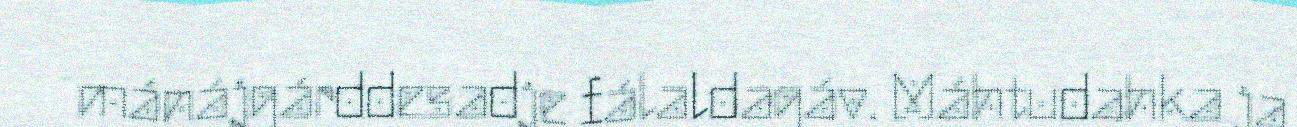
mánájgárddesadje fálaldagáv. Máhtudahka ja